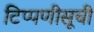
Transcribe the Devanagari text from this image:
टिप्पणीसूची